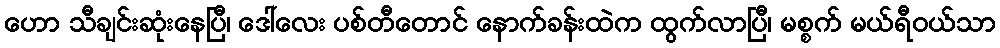
ဟော သီချင်းဆုံးနေပြီ၊ ဒေါ်လေး ပစ်တီတောင် နောက်ခန်းထဲက ထွက်လာပြီ၊ မစ္စက် မယ်ရီဝယ်သာ